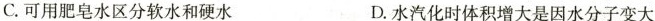
C.可用肥皂水区分软水和硬水 D.水汽化时体积增大是因水分子变大